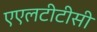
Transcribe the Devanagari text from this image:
एएलटीटीसी